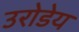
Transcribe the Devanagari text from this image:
उरोडेय